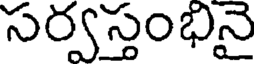
సర్వస్తంభినై